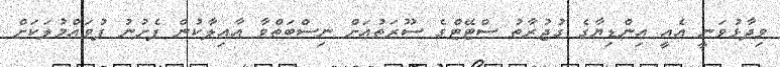
ވިދާޅުވަނީ އެއީ އިންޑިޔާގެ ގުޖުރާތު ސްޓޭޓްގެ ސޫރަތުއަށް ނިސްބަތްވާ ޢާއިލާކުން ފެށުނު ފުވައްމުލަކަށް